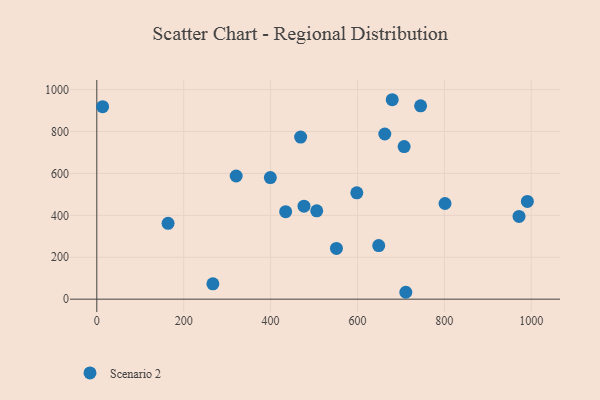
{"axis": {"x": "Speed", "y": "Rating"}, "legend": ["Scenario 2"], "data": [{"x": "707.4", "y": 728.2, "type": "Scenario 2"}, {"x": "506.2", "y": 421.4, "type": "Scenario 2"}, {"x": "399.4", "y": 580.3, "type": "Scenario 2"}, {"x": "711.3", "y": 32.9, "type": "Scenario 2"}, {"x": "745.3", "y": 922.7, "type": "Scenario 2"}, {"x": "476.9", "y": 443.6, "type": "Scenario 2"}, {"x": "598.5", "y": 507.3, "type": "Scenario 2"}, {"x": "320.8", "y": 587.6, "type": "Scenario 2"}, {"x": "971.9", "y": 394.8, "type": "Scenario 2"}, {"x": "434.7", "y": 417.4, "type": "Scenario 2"}, {"x": "13.4", "y": 918.5, "type": "Scenario 2"}, {"x": "469.2", "y": 773.5, "type": "Scenario 2"}, {"x": "801.5", "y": 456.4, "type": "Scenario 2"}, {"x": "551.6", "y": 242.0, "type": "Scenario 2"}, {"x": "991.1", "y": 466.6, "type": "Scenario 2"}, {"x": "680.0", "y": 951.6, "type": "Scenario 2"}, {"x": "648.9", "y": 255.9, "type": "Scenario 2"}, {"x": "662.9", "y": 788.1, "type": "Scenario 2"}, {"x": "164.0", "y": 361.8, "type": "Scenario 2"}, {"x": "267.2", "y": 73.2, "type": "Scenario 2"}]}